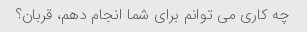
چه کاری می توانم برای شما انجام دهم، قربان؟